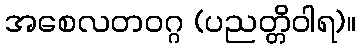
အစေလတဝဂ္ဂ (ပညတ္တိဝါရ)။